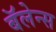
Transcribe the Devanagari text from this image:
बॅलेन्स